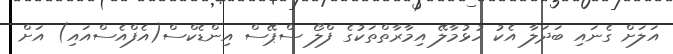
އަލަށް ގެނައި ބަދަލާ އެކު ހުޅުމާލޭ އިމާރާތްތަކުގެ ފްލޯ ސްޕޭސް އިންޑެކްސް(އެފްއެސްއައި) އަށް